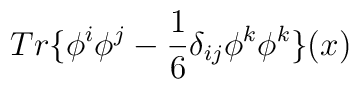
Tr\{\phi^i \phi^j-\frac{1}{6} \delta_{ij} \phi^k \phi^k\}(x)